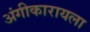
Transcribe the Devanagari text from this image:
अंगीकारायला